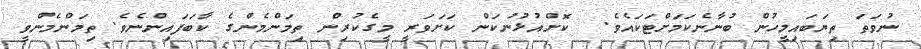
ނުވަތަ ތިޔަބައިމީހުން ބުނާނެކަމަށްޓަކައެވެ.  ކޮށްއުޅުނުކަން ކަށަވަރީ މީގެކުރިން ތިމަންމެންގެ ކާބަފައިންނެވެ. ތިމަންމެންވީ